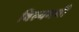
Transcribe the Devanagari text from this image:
विल्यमची